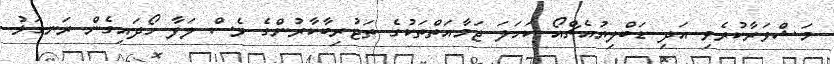
މަޝްވަރާކުރެވި އަދި ޑަބްލިޔުއެޗްއޯ ކަހަލަ ޖަމާއަތްތަކުގެ ތަޖުރިބާކާރުންގެ ވެސް ލަފާ ހޯދައިގެން ރަނގަޅު